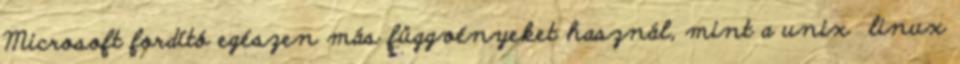
Microsoft fordító egészen más függvényeket használ, mint a unix linux